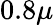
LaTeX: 0.8\mu